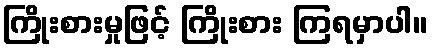
ကြိုးစားမှုဖြင့် ကြိုးစား ကြရမှာပါ။